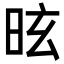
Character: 昡